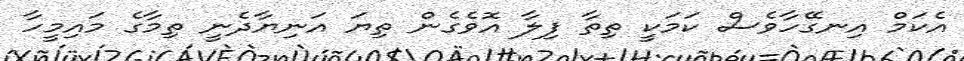
އެކަމް އިނގޭހާވެސް ކަމަކީ ތިތާ ފިލާ އޮވެގެން ތިޔަ އަނިޔާދެނީ ތިމާގެ މައިމީހާ